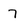
Character: 7